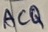
Text: ACQ